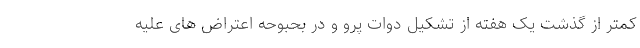
کمتر از گذشت یک هفته از تشکیل دوات پرو و در بحبوحه اعتراض های علیه